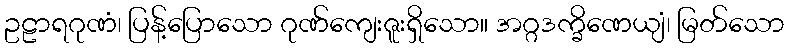
ဥဠာရဂုဏံ၊ ပြန့်ပြောသော ဂုဏ်ကျေးဇူးရှိသော။ အဂ္ဂဒက္ခိဏေယျံ၊ မြတ်သော